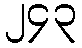
၂၄၃